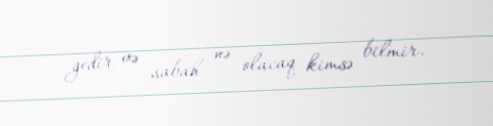
gedir və sabah nə olacaq kimsə bilmir.